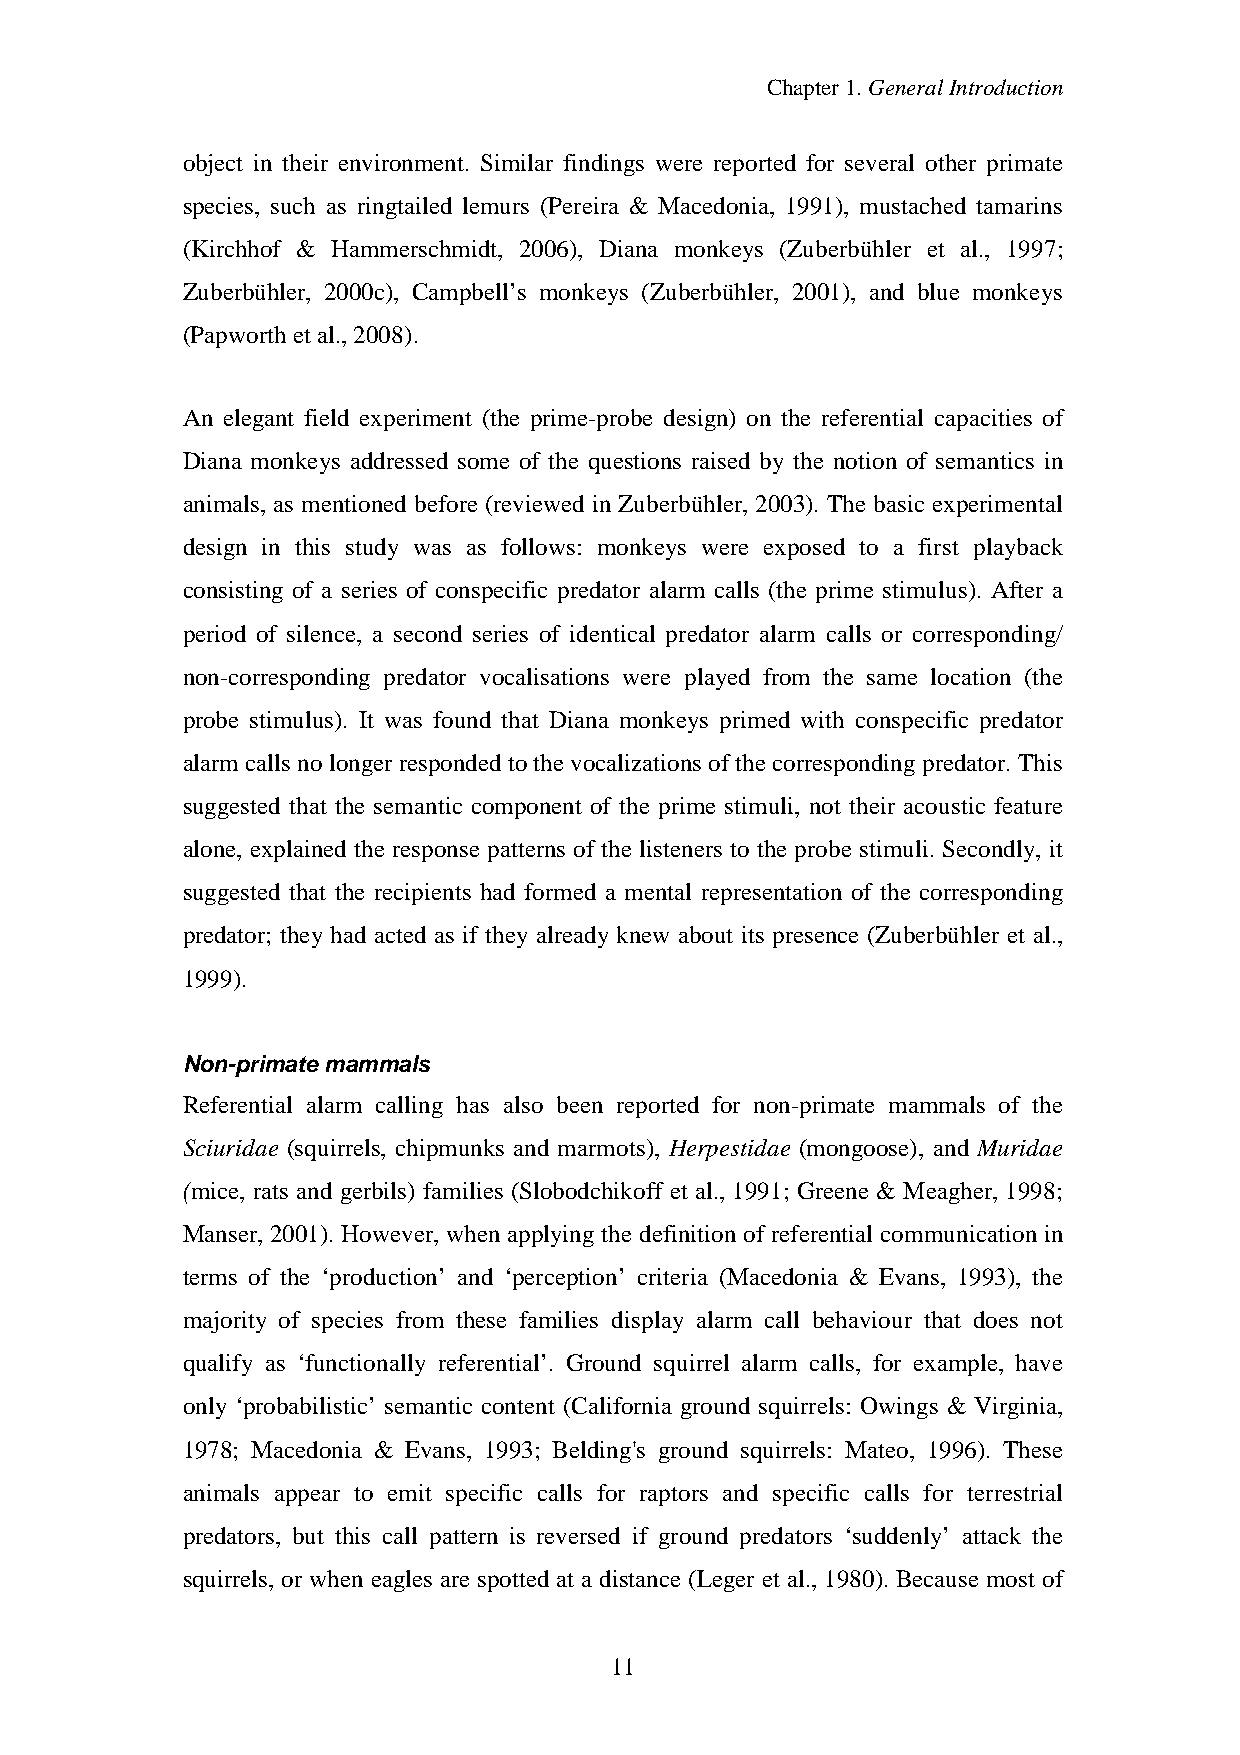
Chapter1.GeneralIntroduction
 object in their environment. Similar findings were reported for several other primate
 species, such as ringtailed lemurs (Pereira & Macedonia, 1991), mustached tamarins
 (Kirchhof & Hammerschmidt, 2006), Diana monkeys (Zuberbühler et al., 1997;
 Zuberbühler, 2000c), Campbell’s monkeys (Zuberbühler, 2001), and blue monkeys
 (Papworthet al.,2008).
 An elegant field experiment (the prime-probe design) on the referential capacities of
 Diana monkeys addressed some of the questions raised by the notion of semantics in
 animals, as mentioned before (reviewed in Zuberbühler, 2003). The basic experimental
 design in this study was as follows: monkeys were exposed to a first playback
 consisting of a series of conspecific predator alarm calls (the prime stimulus). After a
 period of silence, a second series of identical predator alarm calls or corresponding/
 non-corresponding predator vocalisations were played from the same location (the
 probe stimulus). It was found that Diana monkeys primed with conspecific predator
 alarm calls nolongerrespondedtothevocalizations ofthecorrespondingpredator.This
 suggested that the semantic component of the prime stimuli, not their acoustic feature
 alone, explained the response patterns of the listeners to the probe stimuli. Secondly, it
 suggested that the recipients had formed a mental representation of the corresponding
 predator; they had acted as if they already knew about its presence (Zuberbühler et al.,
 1999).
 Non-primatemammals
 Referential alarm calling has also been reported for non-primate mammals of the
 Sciuridae (squirrels, chipmunks and marmots), Herpestidae (mongoose), and Muridae
 (mice, rats and gerbils) families (Slobodchikoff et al., 1991; Greene & Meagher, 1998;
 Manser, 2001). However, when applying the definition of referential communication in
 terms of the ‘production’ and ‘perception’ criteria (Macedonia & Evans, 1993), the
 majority of species from these families display alarm call behaviour that does not
 qualify as ‘functionally referential’. Ground squirrel alarm calls, for example, have
 only ‘probabilistic’ semantic content (California ground squirrels: Owings & Virginia,
 1978; Macedonia & Evans, 1993; Belding's ground squirrels: Mateo, 1996). These
 animals appear to emit specific calls for raptors and specific calls for terrestrial
 predators, but this call pattern is reversed if ground predators ‘suddenly’ attack the
 squirrels, or when eagles are spotted at a distance (Leger et al., 1980). Because most of
 11